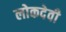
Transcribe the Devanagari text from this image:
लोकदेवी